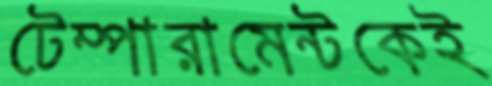
টেম্পারামেন্টকেই